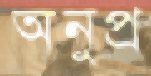
অনুপ্র